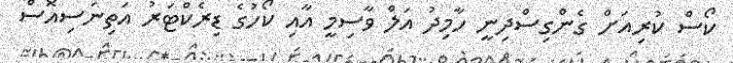
ކޯސް ކުރިއަށް ގެންގިސްދިނީ ހާމިދު އަލް ވާސިމީ އާއި ކޯހުގެ ޑިރެކްޓަރު އަތިނަސިއޮސް